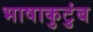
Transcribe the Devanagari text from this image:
भाषाकुटुंब